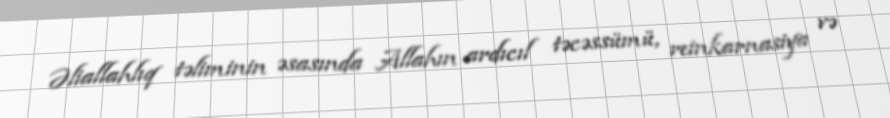
Əliallahlıq təliminin əsasında Allahın ardıcıl təcəssümü, reinkarnasiya və